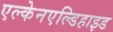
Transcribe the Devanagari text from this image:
एल्केनएल्डिहाइड